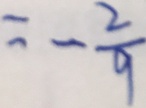
= - \frac { 2 } { 9 }